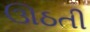
ઊઠતી